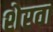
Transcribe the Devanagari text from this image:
शेरवा